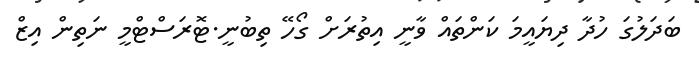
ބަދަލުގަ ހުދާ ދިޔައީމަ ކަންތައް ވާނީ އިތުރަށް ގޯހޭ ތިބުނީ.ޓޮރަސްޓްމީ ނަތިން އިޒް